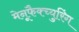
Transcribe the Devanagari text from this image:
मेनूफैक्च्युरिंग